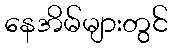
နေအိမ်များတွင်